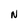
Character: N